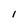
Character: I